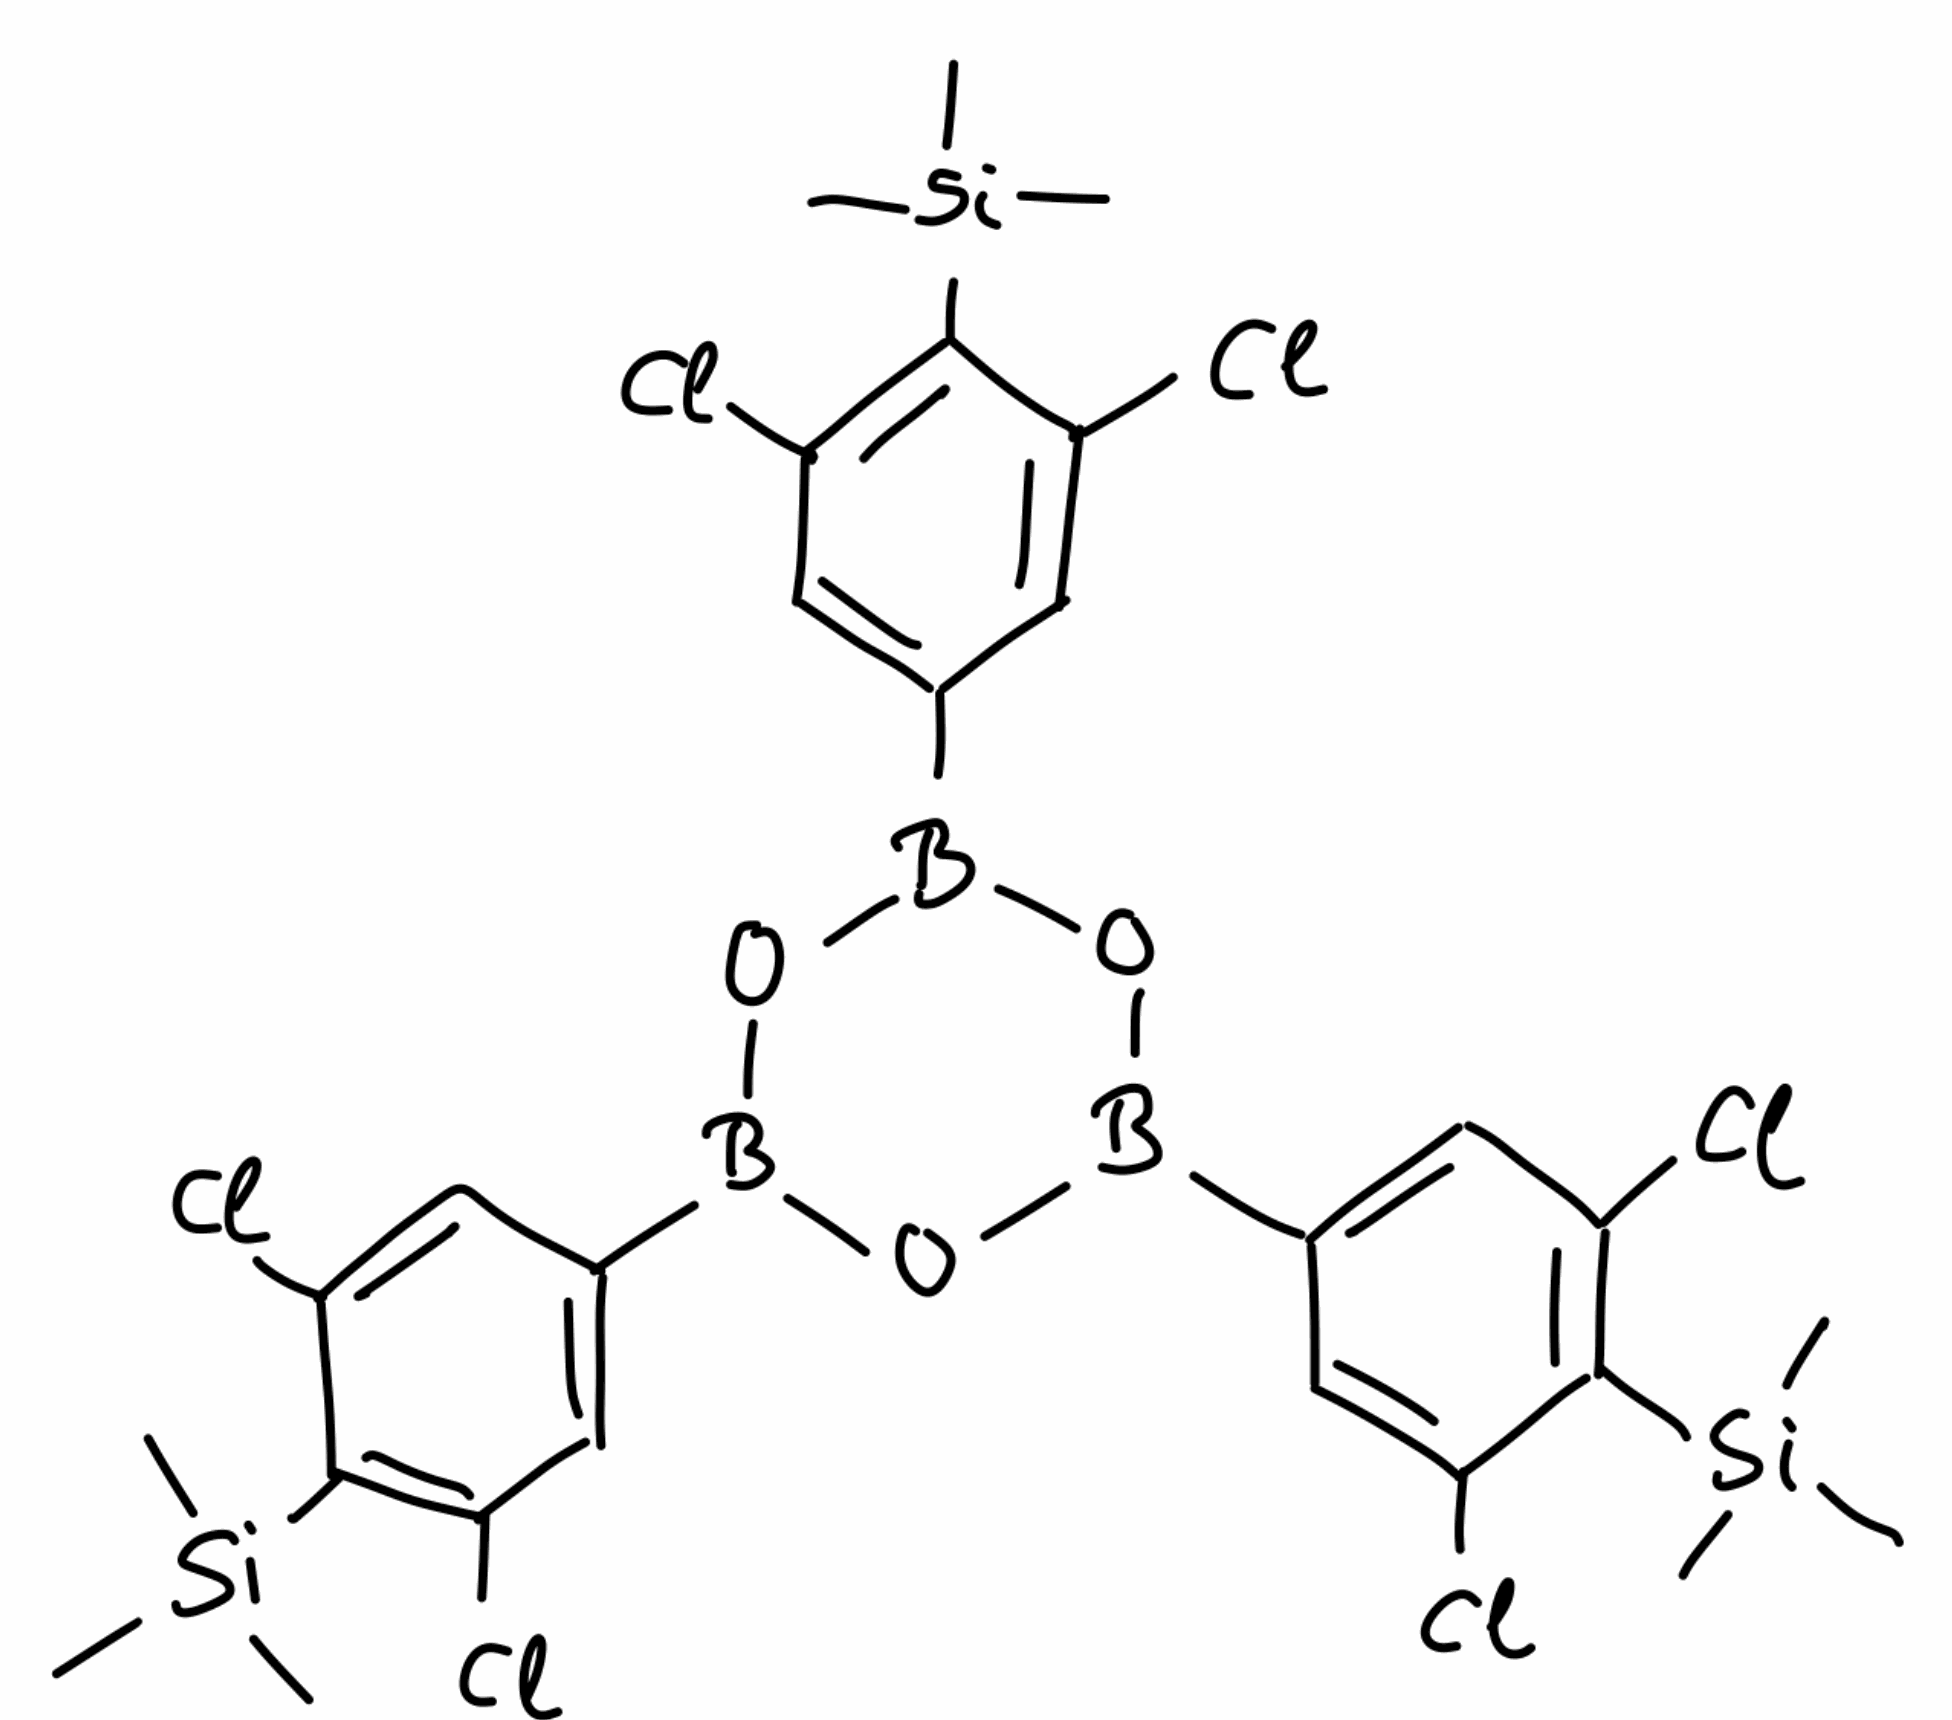
Simplified molecular-input line-entry system (SMILES) notation of the given molecule:
B1(OB(OB(O1)C2=CC(=C(C(=C2)Cl)[Si](C)(C)C)Cl)C3=CC(=C(C(=C3)Cl)[Si](C)(C)C)Cl)C4=CC(=C(C(=C4)Cl)[Si](C)(C)C)Cl